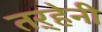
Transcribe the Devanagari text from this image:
तऱ्हेनी